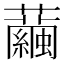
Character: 𧅆